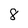
Character: 8